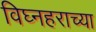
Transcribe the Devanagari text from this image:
विघ्नहराच्या